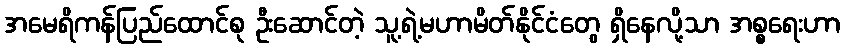
အမေရိကန်ပြည်ထောင်စု ဦးဆောင်တဲ့ သူ့ရဲ့မဟာမိတ်နိုင်ငံတွေ ရှိနေလို့သာ အစ္စရေးဟာ